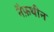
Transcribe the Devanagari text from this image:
नैफ़थीन